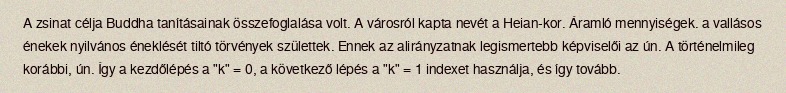
A zsinat célja Buddha tanításainak összefoglalása volt. A városról kapta nevét a Heian-kor. Áramló mennyiségek. a vallásos énekek nyilvános éneklését tiltó törvények születtek. Ennek az alirányzatnak legismertebb képviselői az ún. A történelmileg korábbi, ún. Így a kezdőlépés a "k" = 0, a következő lépés a "k" = 1 indexet használja, és így tovább.